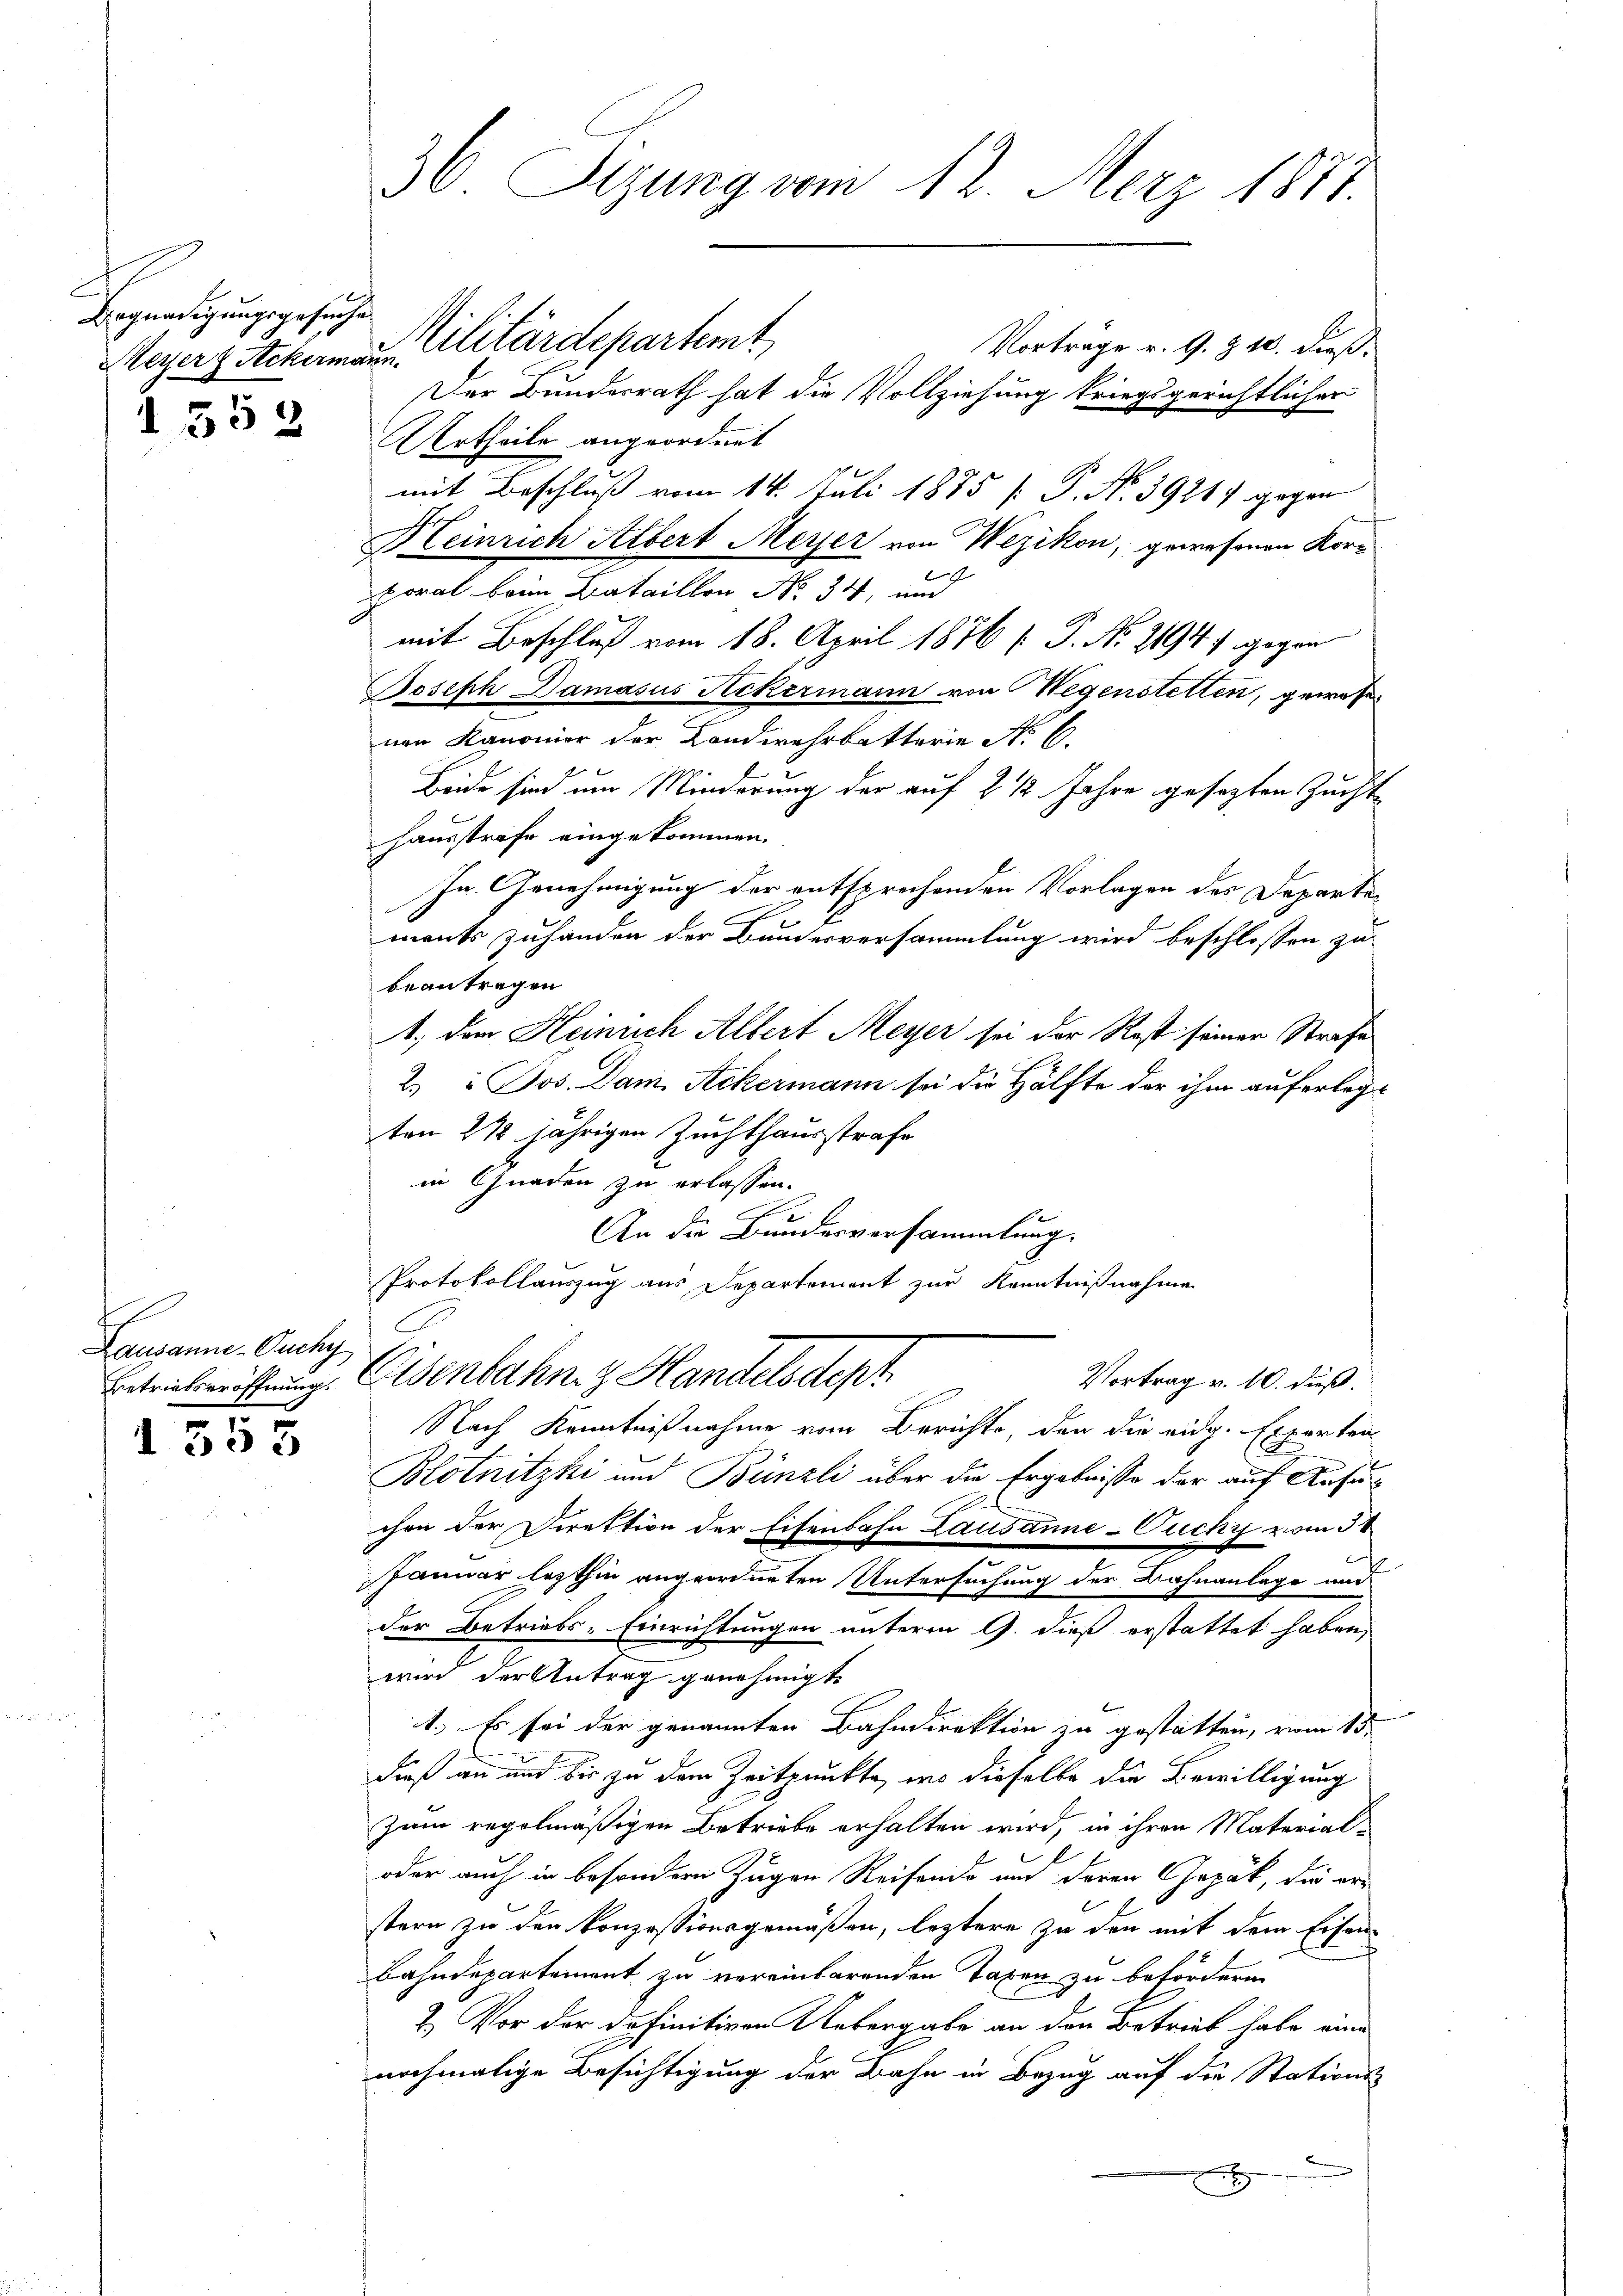
Begnadigungsgesuche
Meyer & Ackermann.

I 552

Lausanne Ouchy

d 353

d

30. Sitzung vom 12. Merz 1877.

Vortrage v. G. § 10. dieß,
Der Bundesrath hat die Vollziehung kriegsgerichtlicher
Urtheile angeordnet
mit Beschluß vom 14. Juli 1885 [ P. No. 39217 gegen
Heinrich Albert Meyer von Wezikon, gewesenen Kor¬

oral beim Bataillon No. 34, und
mit Beschluß vom 18. April 1876 [ P. No. 21947 gegen
Joseph Damasus Ackermann von Wegenstetten, gewese
nen Kanonior der Landwehrbatterie No 6.
Beide sind um Minderung der auf 2 1/2 Jahre gesezten Zucht
hausstrafe eingekommen.
In Genehmigung der entsprechenden Vorlagen des Departemants zuhanden der Bundesversammlung wird beschlossen zu
beantragen
1., dem Heinrich Albert Meyer sei der Rost seiner Strafe
2.) Jos. Dam. Ackermann sei die Hälfte der ihm auferlegten 212 jährigen Zuchthausstrafe
in Gnaden zu erlassen.
e
6
An die Bundesversammlung.
Protokollauszug aus Departement zur Kenntnißnahme
Vortrag v. 10. dieß.
Betrieberistung. Elsenbahn. z. Handelsdept.
Nach Kenntnißnahme vom Berichte, den die eidg. Experten
Blotnitzki und Bünzli über die Ergebnisse der auf Ansuchen der Direktion der Eisenbahn Lausanne-Cucky vom 30.
Januar lezthin angeordneten Untersuchung der Bahnanlage und
der Betriebs-Einrichtungen unterm 9. dieß erstattet haben,
wird der Antrag genehmigt.
1.) Es sei der genannten Bahndirektion zu gestatten, vom 15.
dieß an und bis zu dem Zeitpunkte, wo dieselbe die Bewilligung
Zum regelmäßigen Betriebe erhalten wird, in ihren Material-
oder auch in besondern Zügen Reisende und deren Gepät, die er
6
stern zu den Konzessionsgemäßen, leztere zu den mit dem Erfon
bahndepartement zu vereinbarenden Taxen zu befördern
2.) Vor der definitiven Uebergabe an den Betrieb habe eine
nochmalige Besichtigung der Bahn in Bezug auf die Stations-
x

Militärdepartemt,